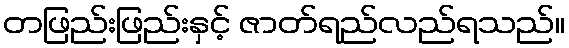
တဖြည်းဖြည်းနှင့် ဇာတ်ရည်လည်ရသည်။